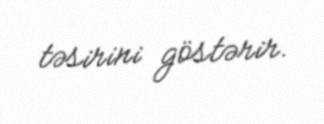
təsirini göstərir.